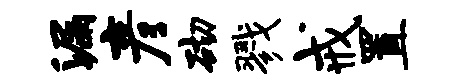
漏彦砌戮戒置